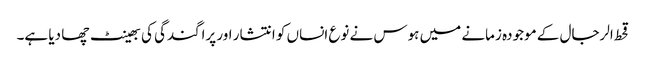
قحط الرجال کے موجودہ زمانے میں ہوس نے نوع انساں کو انتشار اور پراگندگی کی بھینٹ چھا دیا ہے۔